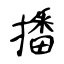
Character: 播